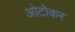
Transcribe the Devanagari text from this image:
ओटोकर